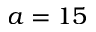
a = 1 5